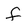
Character: f